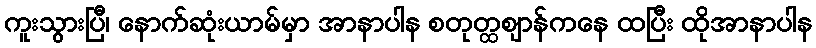
ကူးသွားပြီ၊ နောက်ဆုံးယာမ်မှာ အာနာပါန စတုတ္ထဈာန်ကနေ ထပြီး ထိုအာနာပါန